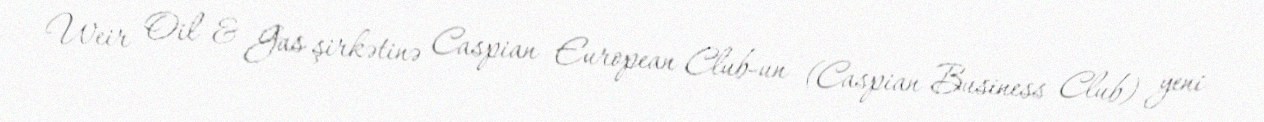
Weir Oil & Gas şirkətinə Caspian European Club-un (Caspian Business Club) yeni